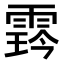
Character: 𩃨